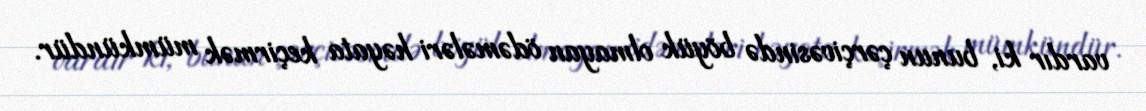
vardır ki, bunun çərçivəsində böyük olmayan ödəmələri həyata keçirmək mümkündür.